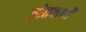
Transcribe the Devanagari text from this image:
जोतवाणी